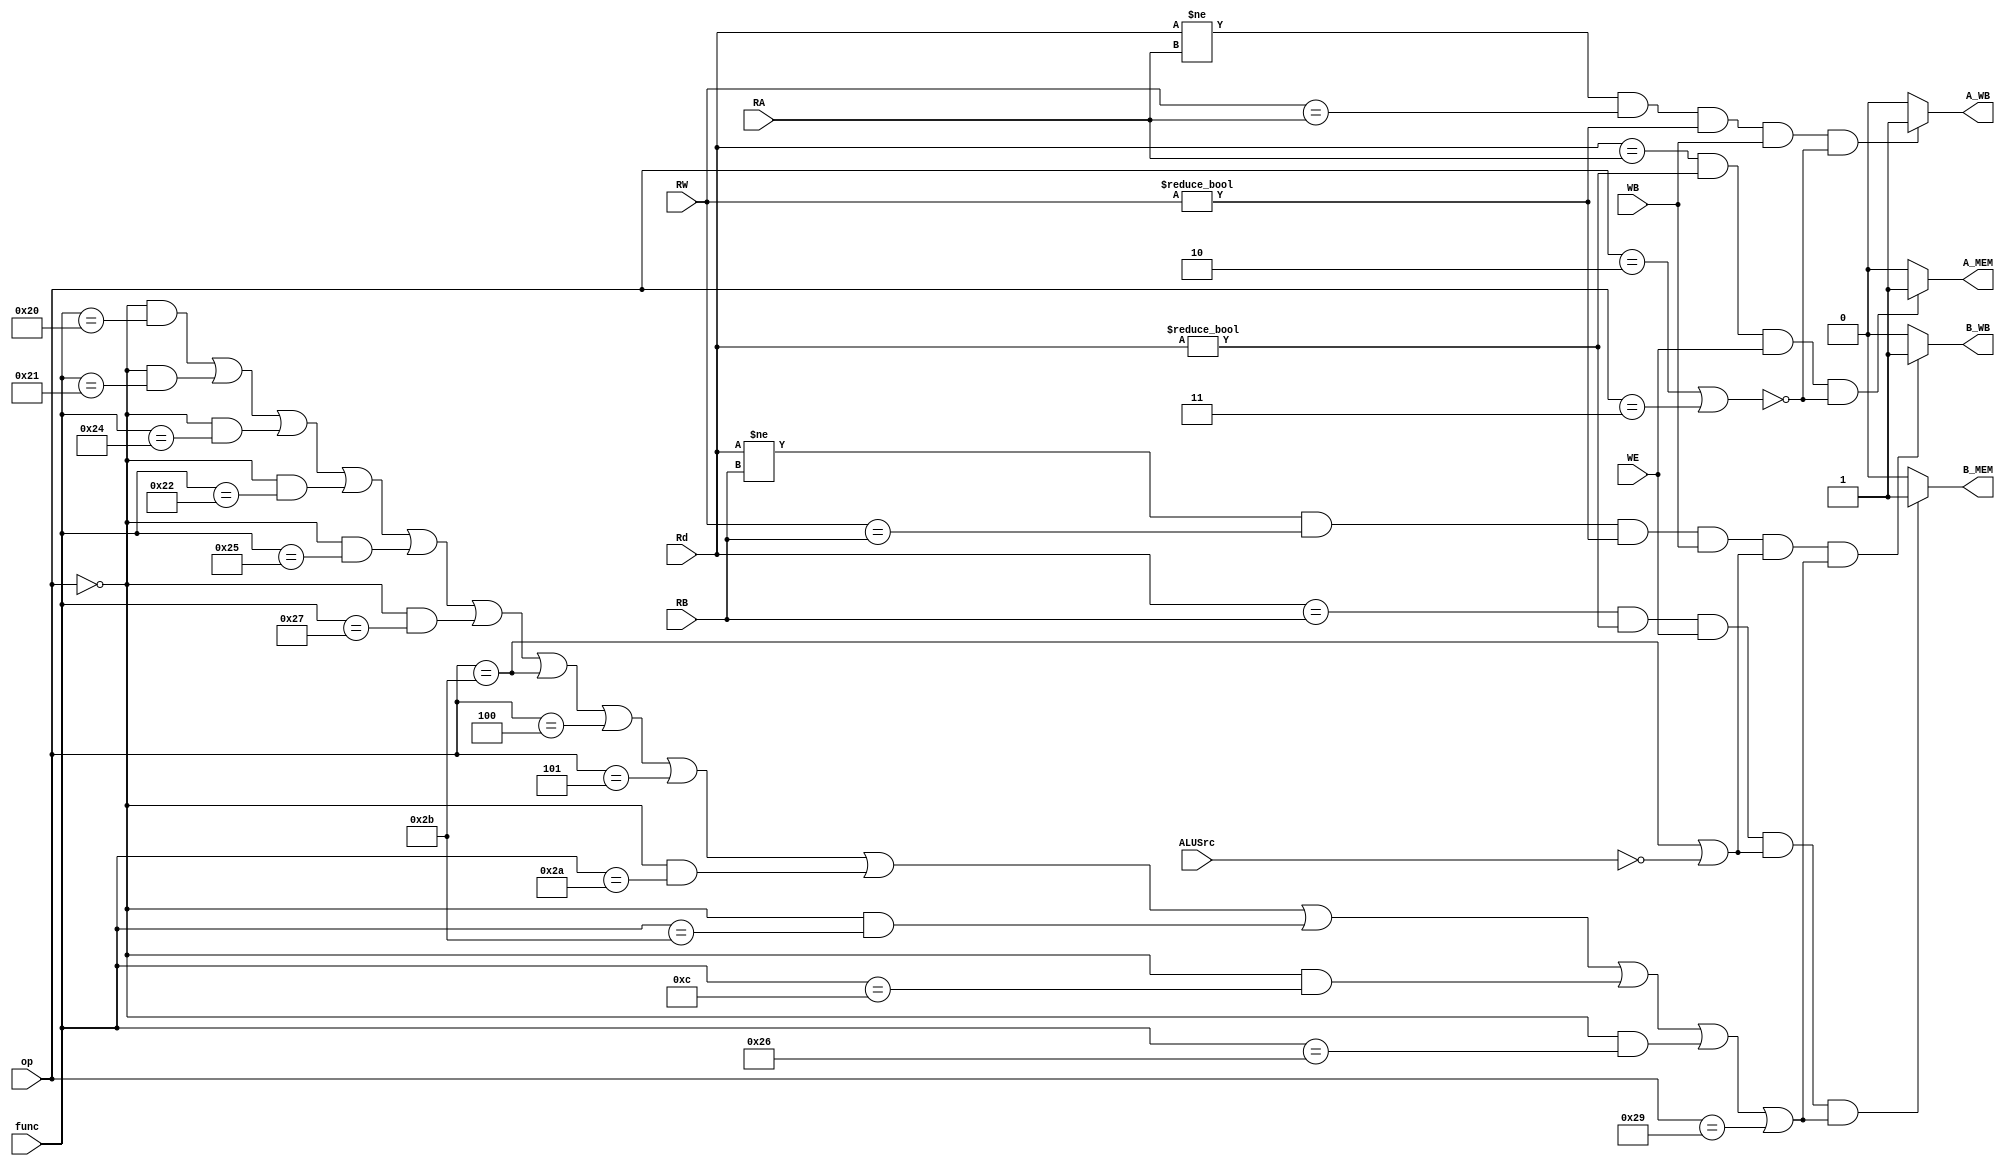
module FORW(Rd,RA,RB,RW,WE,WB,ALUSrc,op,func,A_MEM,A_WB,B_MEM,B_WB);
    input [4:0]Rd,RA,RB,RW;
    input [5:0] op,func;
    input WE,WB,ALUSrc;
    output reg A_MEM,A_WB,B_MEM,B_WB;

    initial begin
        A_MEM=0;
        A_WB=0;
        B_MEM=0;
        B_WB=0;
    end

    always @(*) begin
        if ((Rd==RA)&&(Rd!=0)&&(WE)&&(!((op==6'h2)||(op==6'h3)))) begin
            A_MEM<=1;
        end
        else begin
            A_MEM<=0;
        end

        if ((Rd!=RA)&&(RW==RA)&&(RW!=0)&&(WB)&&(!((op==6'h2)||(op==6'h3)))) begin
            A_WB<=1;
        end
        else begin
            A_WB<=0;
        end

        if ((Rd==RB)&&(Rd!=0)&&(WE)&&((op==6'h2b)||(!ALUSrc))&&(
            ((op==6'h0)&&(func==6'h20))||//add
            ((op==6'h0)&&(func==6'h21))||//addu
            ((op==6'h0)&&(func==6'h24))||//and
            ((op==6'h0)&&(func==6'h22))||//sub
            ((op==6'h0)&&(func==6'h25))||//or
            ((op==6'h0)&&(func==6'h27))||//nor
            (op==6'h2b)||//sw
            (op==6'h4)||//beq
            (op==6'h5)||//bne
            ((op==6'h0)&&(func==6'h2a))||//slt
            ((op==6'h0)&&(func==6'h2b))||//sltu
            ((op==6'h0)&&(func==6'hc))||//syscall
            ((op==6'h0)&&(func==6'h26))||//xor
            (op==6'h29)//sh
            )) begin
            B_MEM<=1;
        end
        else begin
            B_MEM<=0;
        end

        if ((Rd!=RB)&&(RW==RB)&&(RW!=0)&&(WB)&&((op==6'h2b)||(!ALUSrc))&&(
            ((op==6'h0)&&(func==6'h20))||//add
            ((op==6'h0)&&(func==6'h21))||//addu
            ((op==6'h0)&&(func==6'h24))||//and
            ((op==6'h0)&&(func==6'h22))||//sub
            ((op==6'h0)&&(func==6'h25))||//or
            ((op==6'h0)&&(func==6'h27))||//nor
            (op==6'h2b)||//sw
            (op==6'h4)||//beq
            (op==6'h5)||//bne
            ((op==6'h0)&&(func==6'h2a))||//slt
            ((op==6'h0)&&(func==6'h2b))||//sltu
            ((op==6'h0)&&(func==6'hc))||//syscall
            ((op==6'h0)&&(func==6'h26))||//xor
            (op==6'h29)//sh
            )) begin
            B_WB<=1;
        end
        else begin
            B_WB<=0;
        end

    end
endmodule